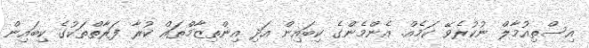
އިސްތިއުމާލް ނުކުރެވޭ ކަމެއް. އެންމެންގެ ކިބައިން އަދި އިންތިޒާމްތައް ކުރާ ފަރާތްތަކުގެ ކިބައިން